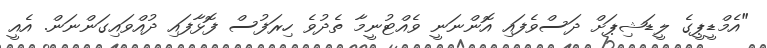
"އެމްޑީޕީގެ ލީޑަޝިޕަށް ދަސްވެފައި އޮންނަނީ ވެއްޓުނީމާ ތެދުވެ ހިރަފުސް ފޮޅާފައި ދުއްވައިގަންނަން. އެއީ